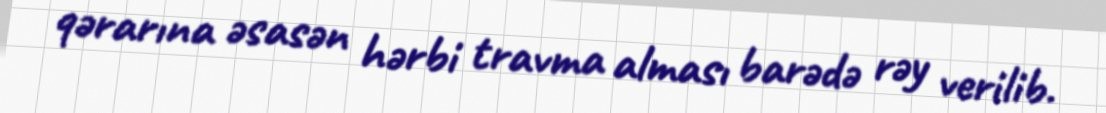
qərarına əsasən hərbi travma alması barədə rəy verilib.